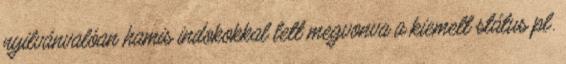
nyilvánvalóan hamis indokokkal lett megvonva a kiemelt státus pl.